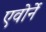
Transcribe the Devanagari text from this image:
एवोर्ने